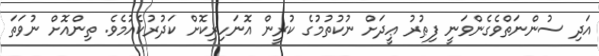
އަދި ސުންނަތްވެގެންވަނީ ފިޠުރު ޢީދަށް ނުކުތުމުގެ ކުރީން އޮނަހިރިކޮށް ކަދުރުކެއުމެވެ. ތިންއޮށް ނުވަތަ